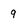
Character: q